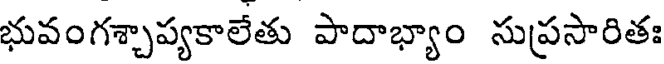
భువంగశ్చాప్యకాలేతు పాదాభ్యాం సుప్రసారితః